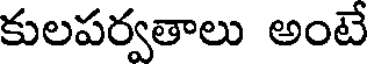
కులపర్వతాలు అంటే